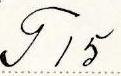
T 15